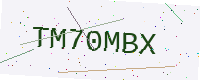
Text: TM70MBX